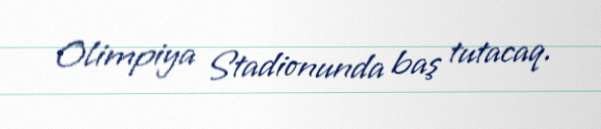
Olimpiya Stadionunda baş tutacaq.